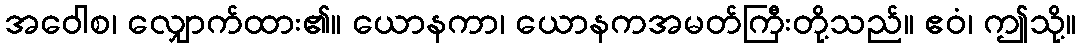
အဝေါစ၊ လျှောက်ထား၏။ ယောနကာ၊ ယောနကအမတ်ကြီးတို့သည်။ ဧဝံ၊ ဤသို့။